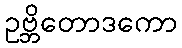
ဥဗ္ဘိတောဒကော